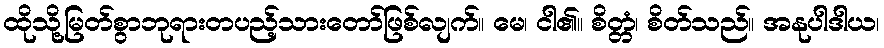
ထိုသို့မြတ်စွာဘုရားတပည့်သားတော်ဖြစ်လျက်။ မေ၊ ငါ၏။ စိတ္တံ၊ စိတ်သည်။ အနုပါဒါယ၊